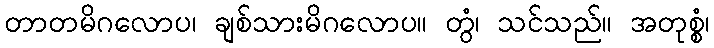
တာတမိဂလောပ၊ ချစ်သားမိဂလောပ။ တွံ၊ သင်သည်။ အတုစ္စံ၊